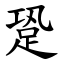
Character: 跫